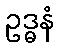
ဥဒ္ဓနံ